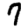
Digit: 7